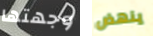
وجهتها ينهض